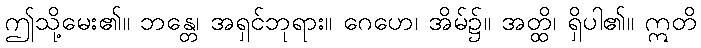
ဤသို့မေး၏။ ဘန္တေ၊ အရှင်ဘုရား။ ဂေဟေ၊ အိမ်၌။ အတ္ထိ၊ ရှိပါ၏။ ဣတိ